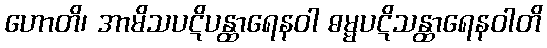
ဟောတိ၊ အာမိသပဋိပန္ထာရေနဝါ ဓမ္မပဋိသန္ထာရေနဝါတိ